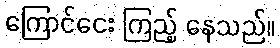
ကြောင်ငေး ကြည့် နေသည်။